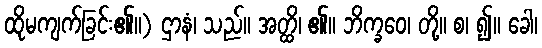
ထိုမကျက်ခြင်း၏။) ဌာနံ၊ သည်။ အတ္ထိ၊ ၏။ ဘိက္ခဝေ၊ တို့။ စ၊ ၍။ ခေါ၊